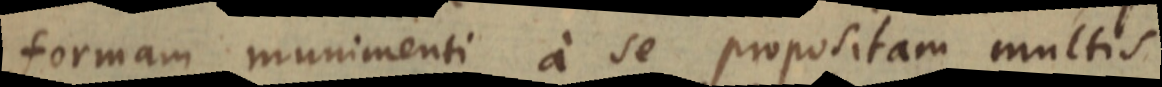
formam munimenti a se propositam multis